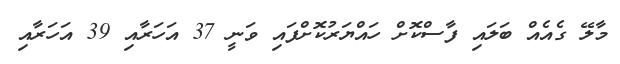
މާލޭ ގެއެއް ބަލައި ފާސްކޮށް ހައްޔަރުކޮށްފައި ވަނީ 37 އަހަރާއި 39 އަހަރާއި